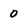
Character: 0